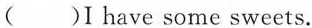
( )I have some sweets.